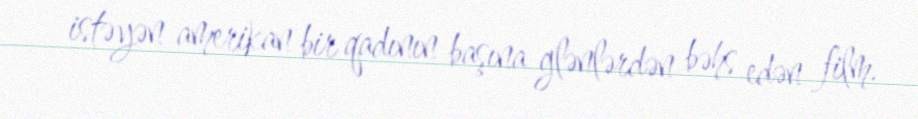
istəyən amerikan bir qadının başına glənlərdən bəhs edən film.